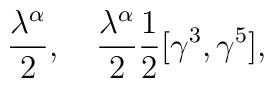
\frac{\lambda^\alpha}{2},\quad \frac{\lambda^\alpha}{2}{1\over2}[\gamma^3,\gamma^5],